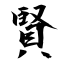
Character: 賢